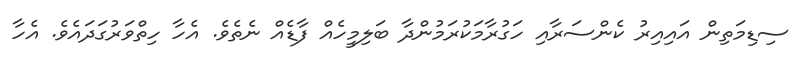
ސިޑިމަތިން އައިއިރު ކެންސަރާއި ހަގުރާމަކުރަމުންދާ ބަލިމީހެއް ފާޑެއް ނެތެވެ. އެހާ ހިތްވަރުގަދައެވެ. އެހާ